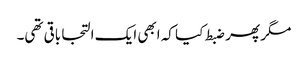
مگر پھر ضبط کیا کہ ابھی ایک التجا باقی تھی۔